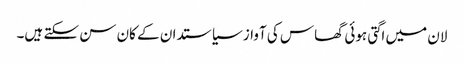
لان میں اگتی ہوئی گھاس کی آواز سیاستدان کے کان سن سکتے ہیں۔